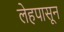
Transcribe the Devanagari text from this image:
लेहपासून